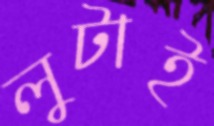
লুটাই